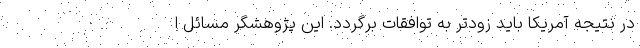
در نتیجه آمریکا باید زودتر به توافقات برگردد. این پژوهشگر مسائل ا